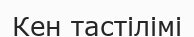
Кен тастілімі